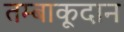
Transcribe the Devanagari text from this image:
तम्बाकूदान